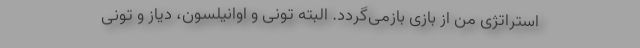
استراتژی من از بازی بازمی‌گردد. البته تونی و اوانیلسون، دیاز و تونی